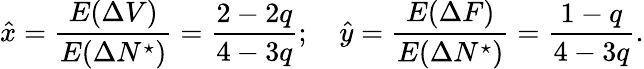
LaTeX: \hat{x}=\frac{E(\Delta V)}{E(\Delta N^{\star})}=\frac{2-2q}{4-3q};\quad\hat{y}=\frac{E(\Delta F)}{E(\Delta N^{\star})}=\frac{1-q}{4-3q}.